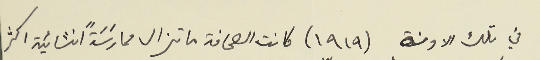
في تلك الاونة (١٩١٩) كانت الصحافة ما تزال ممارَسَةً انشائية اكثر